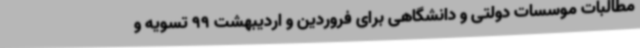
مطالبات موسسات دولتی و دانشگاهی برای فروردین و اردیبهشت 99 تسویه و